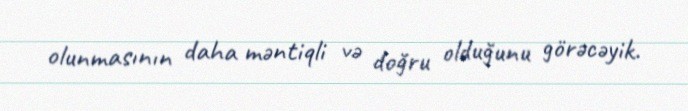
olunmasının daha məntiqli və doğru olduğunu görəcəyik.